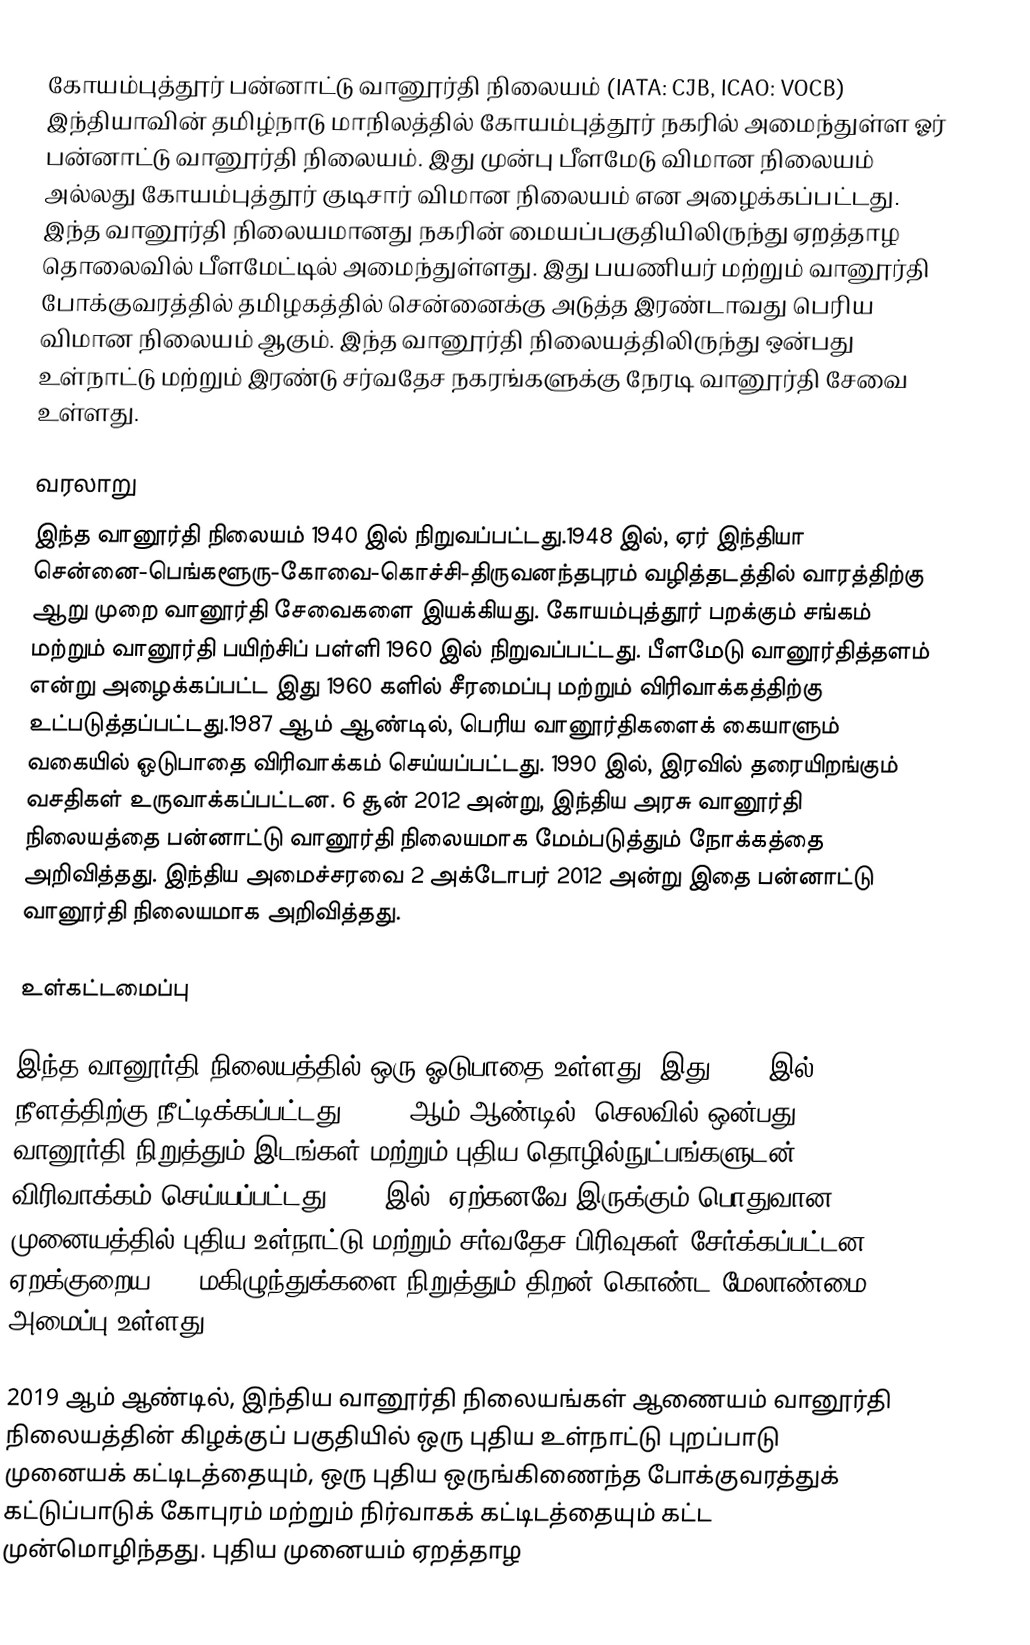
கோயம்புத்தூர் பன்னாட்டு வானூர்தி நிலையம் (IATA: CJB, ICAO:  VOCB) இந்தியாவின் தமிழ்நாடு மாநிலத்தில் கோயம்புத்தூர் நகரில் அமைந்துள்ள ஓர் பன்னாட்டு வானூர்தி நிலையம். இது முன்பு பீளமேடு விமான நிலையம் அல்லது கோயம்புத்தூர் குடிசார் விமான நிலையம் என அழைக்கப்பட்டது. இந்த வானூர்தி நிலையமானது நகரின் மையப்பகுதியிலிருந்து ஏறத்தாழ  தொலைவில் பீளமேட்டில் அமைந்துள்ளது. இது பயணியர் மற்றும் வானூர்தி போக்குவரத்தில் தமிழகத்தில் சென்னைக்கு அடுத்த இரண்டாவது பெரிய விமான நிலையம் ஆகும். இந்த வானூர்தி நிலையத்திலிருந்து ஒன்பது உள்நாட்டு மற்றும் இரண்டு சர்வதேச நகரங்களுக்கு நேரடி வானூர்தி சேவை உள்ளது.

வரலாறு
இந்த வானூர்தி நிலையம் 1940 இல் நிறுவப்பட்டது.1948 இல், ஏர் இந்தியா சென்னை-பெங்களூரு-கோவை-கொச்சி-திருவனந்தபுரம் வழித்தடத்தில் வாரத்திற்கு ஆறு முறை வானூர்தி சேவைகளை இயக்கியது. கோயம்புத்தூர் பறக்கும் சங்கம் மற்றும் வானூர்தி பயிற்சிப் பள்ளி 1960 இல் நிறுவப்பட்டது. பீளமேடு வானூர்தித்தளம் என்று அழைக்கப்பட்ட இது 1960 களில் சீரமைப்பு மற்றும் விரிவாக்கத்திற்கு உட்படுத்தப்பட்டது.1987 ஆம் ஆண்டில், பெரிய வானூர்திகளைக் கையாளும் வகையில் ஓடுபாதை விரிவாக்கம் செய்யப்பட்டது. 1990 இல், இரவில் தரையிறங்கும் வசதிகள் உருவாக்கப்பட்டன. 6 சூன் 2012 அன்று, இந்திய அரசு வானூர்தி நிலையத்தை பன்னாட்டு வானூர்தி நிலையமாக மேம்படுத்தும் நோக்கத்தை அறிவித்தது. இந்திய அமைச்சரவை 2 அக்டோபர் 2012 அன்று இதை பன்னாட்டு வானூர்தி நிலையமாக அறிவித்தது.

உள்கட்டமைப்பு

இந்த வானூர்தி நிலையத்தில் ஒரு ஓடுபாதை உள்ளது, இது 2008 இல்  நீளத்திற்கு நீட்டிக்கப்பட்டது. 2008 ஆம் ஆண்டில்,  செலவில் ஒன்பது வானூர்தி நிறுத்தும் இடங்கள் மற்றும் புதிய தொழில்நுட்பங்களுடன்  விரிவாக்கம் செய்யப்பட்டது.2010 இல், ஏற்கனவே இருக்கும் பொதுவான முனையத்தில் புதிய உள்நாட்டு மற்றும் சர்வதேச பிரிவுகள் சேர்க்கப்பட்டன. ஏறக்குறைய 300 மகிழுந்துக்களை நிறுத்தும் திறன் கொண்ட மேலாண்மை அமைப்பு உள்ளது.

2019 ஆம் ஆண்டில், இந்திய வானூர்தி நிலையங்கள் ஆணையம் வானூர்தி நிலையத்தின் கிழக்குப் பகுதியில் ஒரு புதிய உள்நாட்டு புறப்பாடு முனையக் கட்டிடத்தையும், ஒரு புதிய ஒருங்கிணைந்த போக்குவரத்துக் கட்டுப்பாடுக் கோபுரம் மற்றும் நிர்வாகக் கட்டிடத்தையும் கட்ட முன்மொழிந்தது. புதிய முனையம் ஏறத்தாழ